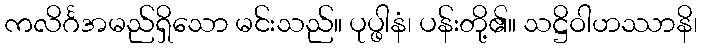
ကလိင်္ဂအမည်ရှိသော မင်းသည်။ ပုပ္ဖါနံ၊ ပန်းတို့၏။ သဋ္ဌိဝါဟဿာနိ၊